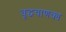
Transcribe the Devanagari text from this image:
वृद्धचाणक्य